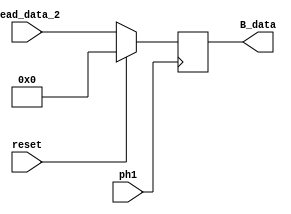
module B_reg (
    input           ph1, reset,
    input   [7:0]   Read_data_2,

    output  reg     [7:0]   B_data = 8'b0
);

    always @(posedge ph1) begin
		if (reset) begin
			B_data <= 8'b0;
		end else begin
			B_data <= Read_data_2;
		end
	end

endmodule